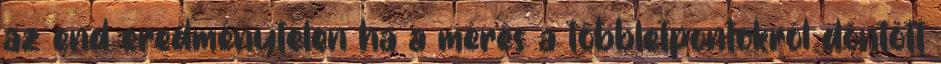
az end eredménytelen ha a mérés a többletpontokról döntött